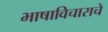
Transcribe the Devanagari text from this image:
भाषाविचाराचे